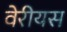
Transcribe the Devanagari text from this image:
वेरीयस